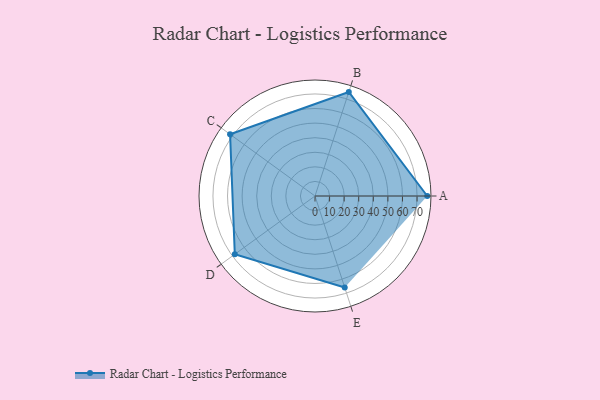
{"axis": {"x": "Skill", "y": "Score"}, "legend": ["Profile"], "data": [{"x": "A", "y": 77.0, "type": "Profile"}, {"x": "B", "y": 75.0, "type": "Profile"}, {"x": "C", "y": 72.0, "type": "Profile"}, {"x": "D", "y": 68.0, "type": "Profile"}, {"x": "E", "y": 66.0, "type": "Profile"}]}